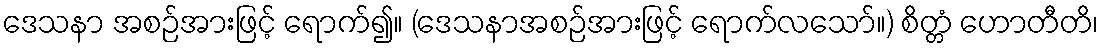
ဒေသနာ အစဉ်အားဖြင့် ရောက်၍။ (ဒေသနာအစဉ်အားဖြင့် ရောက်လသော်။) စိတ္တံ ဟောတီတိ၊